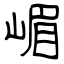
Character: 嵋